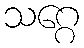
သဂ္ဂေ